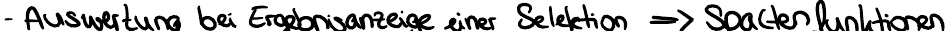
- Auswertung bei Ergebnisanzeige einer Selektion => Spaltenfunktionen